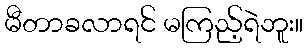
မီတာခလာရင် မကြည့်ရဲဘူး။